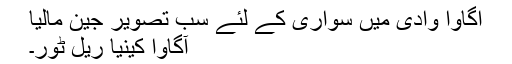
اگاوا وادی میں سواری کے لئے سب تصویر جین مالیا
آگاوا کینیا ریل ٹور۔